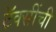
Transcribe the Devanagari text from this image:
टॅक्सींची